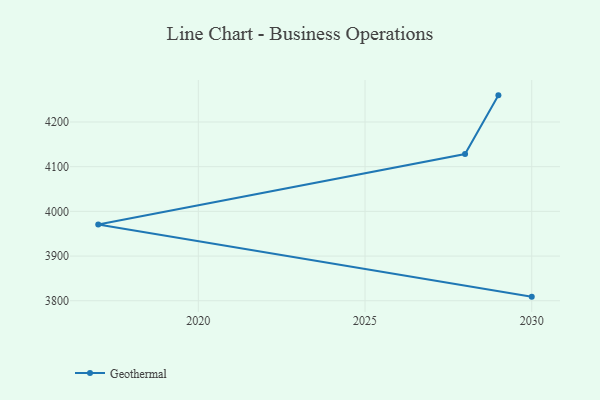
{"axis": {"x": "Year", "y": "Headcount"}, "legend": ["Geothermal"], "data": [{"x": "2030", "y": 3809.2, "type": "Geothermal"}, {"x": "2017", "y": 3970.7, "type": "Geothermal"}, {"x": "2028", "y": 4128.2, "type": "Geothermal"}, {"x": "2029", "y": 4259.6, "type": "Geothermal"}]}